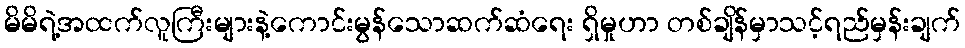
မိမိရဲ့အထက်လူကြီးများနဲ့ကောင်းမွန်သောဆက်ဆံရေး ရှိမှုဟာ တစ်ချိန်မှာသင့်ရည်မှန်းချက်